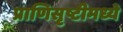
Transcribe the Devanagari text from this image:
प्राणिसृष्टीमध्ये